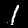
Label: 1